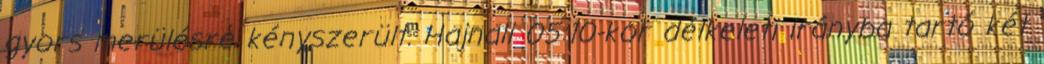
gyors merülésre kényszerült. Hajnali 05:10-kor délkeleti irányba tartó két